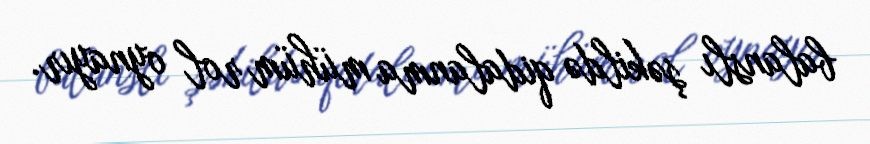
balanslı şəkildə qidalanma mühüm rol oynayır.